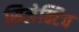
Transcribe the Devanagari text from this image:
सिलेक्टिव